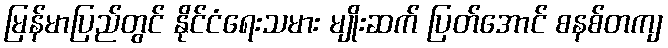
မြန်မာပြည်တွင် နိုင်ငံရေးသမား မျိုးဆက် ပြတ်အောင် စနစ်တကျ